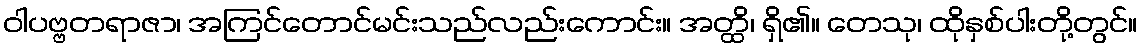
ဝါပဗ္ဗတရာဇာ၊ အကြင်တောင်မင်းသည်လည်းကောင်း။ အတ္ထိ၊ ရှိ၏။ တေသု၊ ထိုနှစ်ပါးတို့တွင်။